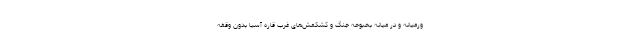
ورمیانه و در میانه بحبوحه جنگ و کشکمش‌های غرب قاره آسیا بدون وقفه